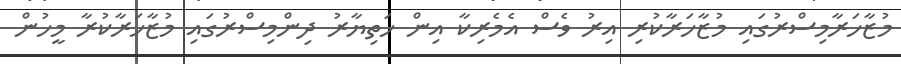
މުޒާހަރާމިސްރުގައި މުޒާހަރާކުރި އިރު ވެސް އެމެރިކާ އިން ހަތިޔާރު ދިންމިސްރުގައި މުޒާހަރާކުރާ މީހުން